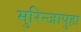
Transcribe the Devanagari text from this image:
मुरिन्जापुहा